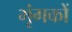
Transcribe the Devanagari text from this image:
भृंगकों